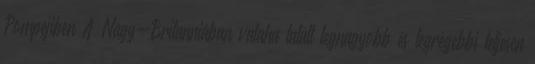
Pompejiben A Nagy-Britanniában valaha talált legnagyobb és legrégebbi teljesen